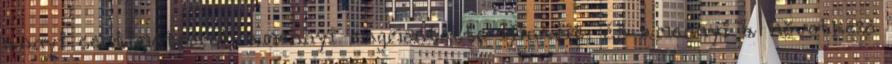
annyi centiméterrel, amennyi megmentette Hinarit, és amennyi a következő